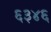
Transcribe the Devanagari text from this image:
६३४६